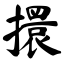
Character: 擐